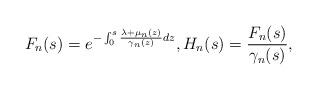
LaTeX: \begin{align*} F_n(s)=e^{-\int_0^s\frac{\lambda + \mu_n(z)}{\gamma_n(z)} d z},H_n(s)=\frac{F_n(s)}{\gamma_n(s)},\end{align*}